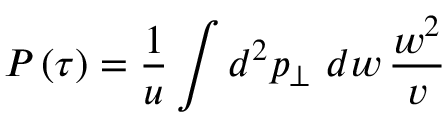
P \left( \tau \right) = \frac { 1 } { u } \int d ^ { 2 } p _ { \bot } \, \, d w \, \frac { w ^ { 2 } } { v } \,